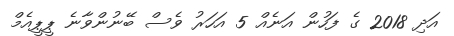
އަދި 2018 ގެ ފަހުން އަނެއް 5 އަހަރު ވެސް ބޭނުންވާނެ ޕީޕީއެމް